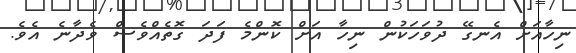
ނިހާއަށް އެނގޭ ދުވަހަކުން ނިހާ އަށް ކޮންމެ ފަދަ ގޮތެއްވެސް ވެދާނެ އެވެ.